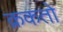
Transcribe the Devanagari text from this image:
क्रकतो